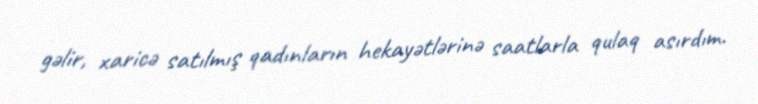
gəlir, xaricə satılmış qadınların hekayətlərinə saatlarla qulaq asırdım.